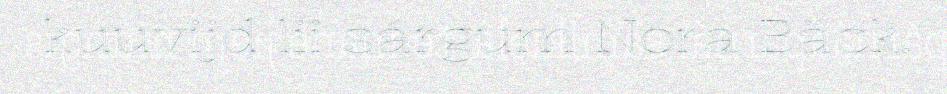
kuuvijd lii sárgum Nora Bäck.